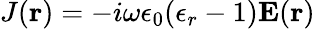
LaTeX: J(\mathbf{r})=-{i}{\omega}{\epsilon_{0}}({\epsilon_{r}}-1)\mathbf{E}(\mathbf{r})